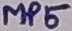
Text: MP5